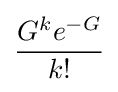
{\frac {G^{k}e^{-G}}{k!}}